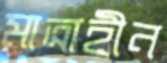
মাত্রাহীন